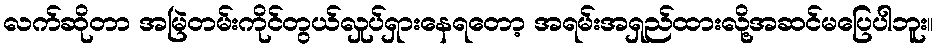
လက်ဆိုတာ အမြဲတမ်းကိုင်တွယ်လှုပ်ရှားနေရတော့ အရမ်းအရှည်ထားလို့အဆင်မပြေပါဘူး။